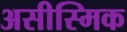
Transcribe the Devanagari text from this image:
असीस्मिक